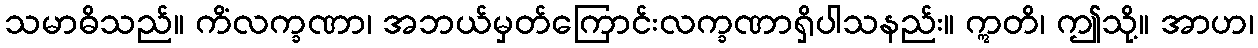
သမာဓိသည်။ ကိံလက္ခဏာ၊ အဘယ်မှတ်ကြောင်းလက္ခဏာရှိပါသနည်း။ ဣတိ၊ ဤသို့။ အာဟ၊